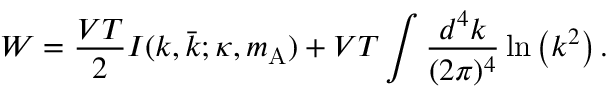
W = \frac { V T } { 2 } I ( k , \bar { k } ; \kappa , m _ { \mathrm { A } } ) + V T \int \frac { d ^ { 4 } k } { ( 2 \pi ) ^ { 4 } } \ln \left( k ^ { 2 } \right) .